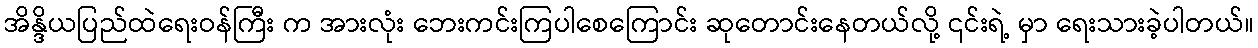
အိန္ဒိယပြည်ထဲရေးဝန်ကြီး က အားလုံး ဘေးကင်းကြပါစေကြောင်း ဆုတောင်းနေတယ်လို့ ၎င်းရဲ့ မှာ ရေးသားခဲ့ပါတယ်။